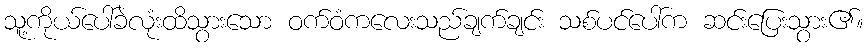
သူ့ကိုယ်ပေါ်ခဲလုံးထိသွားသော ဝက်ဝံကလေးသည်ချက်ချင်း သစ်ပင်ပေါ်က ဆင်းပြေးသွား၏။